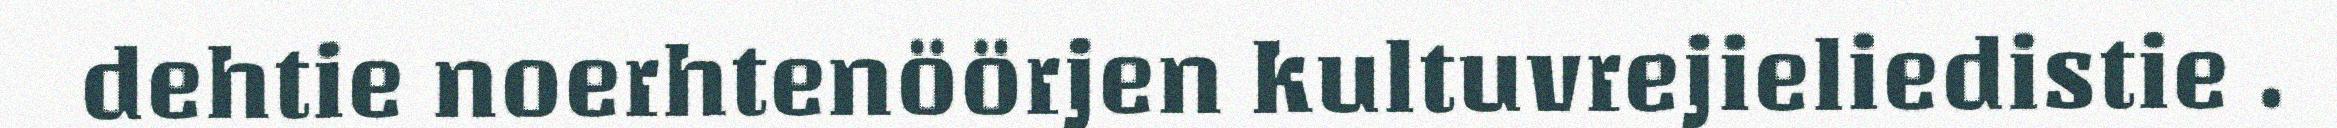
dehtie noerhtenöörjen kultuvrejieliedistie .